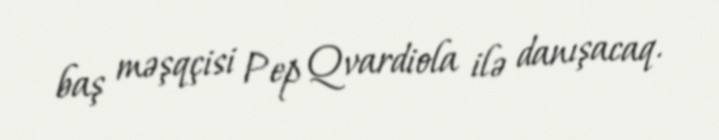
baş məşqçisi Pep Qvardiola ilə danışacaq.